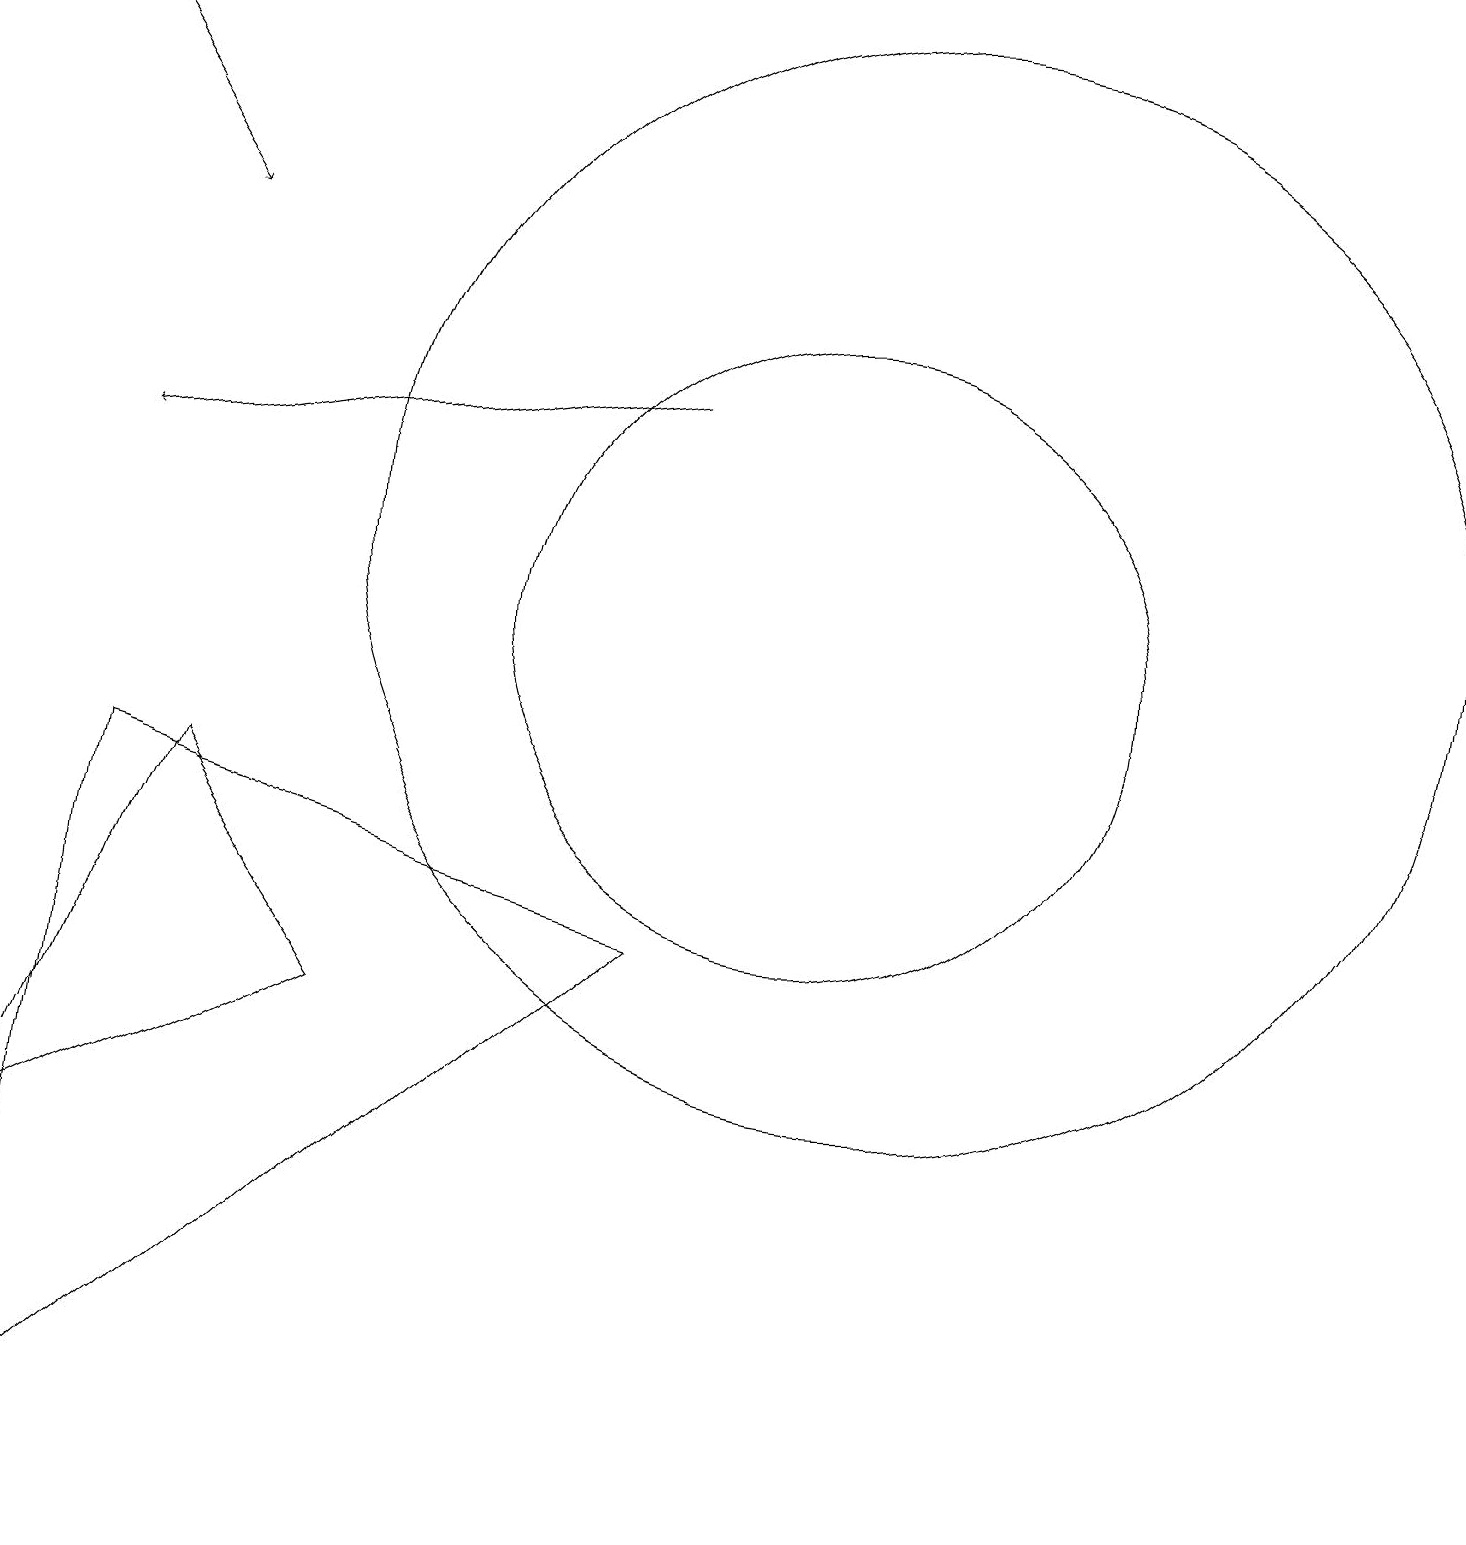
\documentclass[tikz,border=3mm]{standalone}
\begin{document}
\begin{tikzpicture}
\draw[->] (8,14) -- (1,13);
\draw (0,0) -- (1,9) -- (8,7) -- cycle;
\draw (10,11) circle (4);
\draw[->] (0,19) -- (2,16);
\draw (11,12) circle (7);
\draw (10,10) circle (0);
\draw (2,9) -- (0,4) -- (4,6) -- cycle;
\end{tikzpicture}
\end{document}